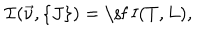
{ \cal I } ( \vec { \nu } , \{ J \} ) = \mathrm { \sf ~ I } ( T , L ) ,